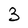
Character: 3